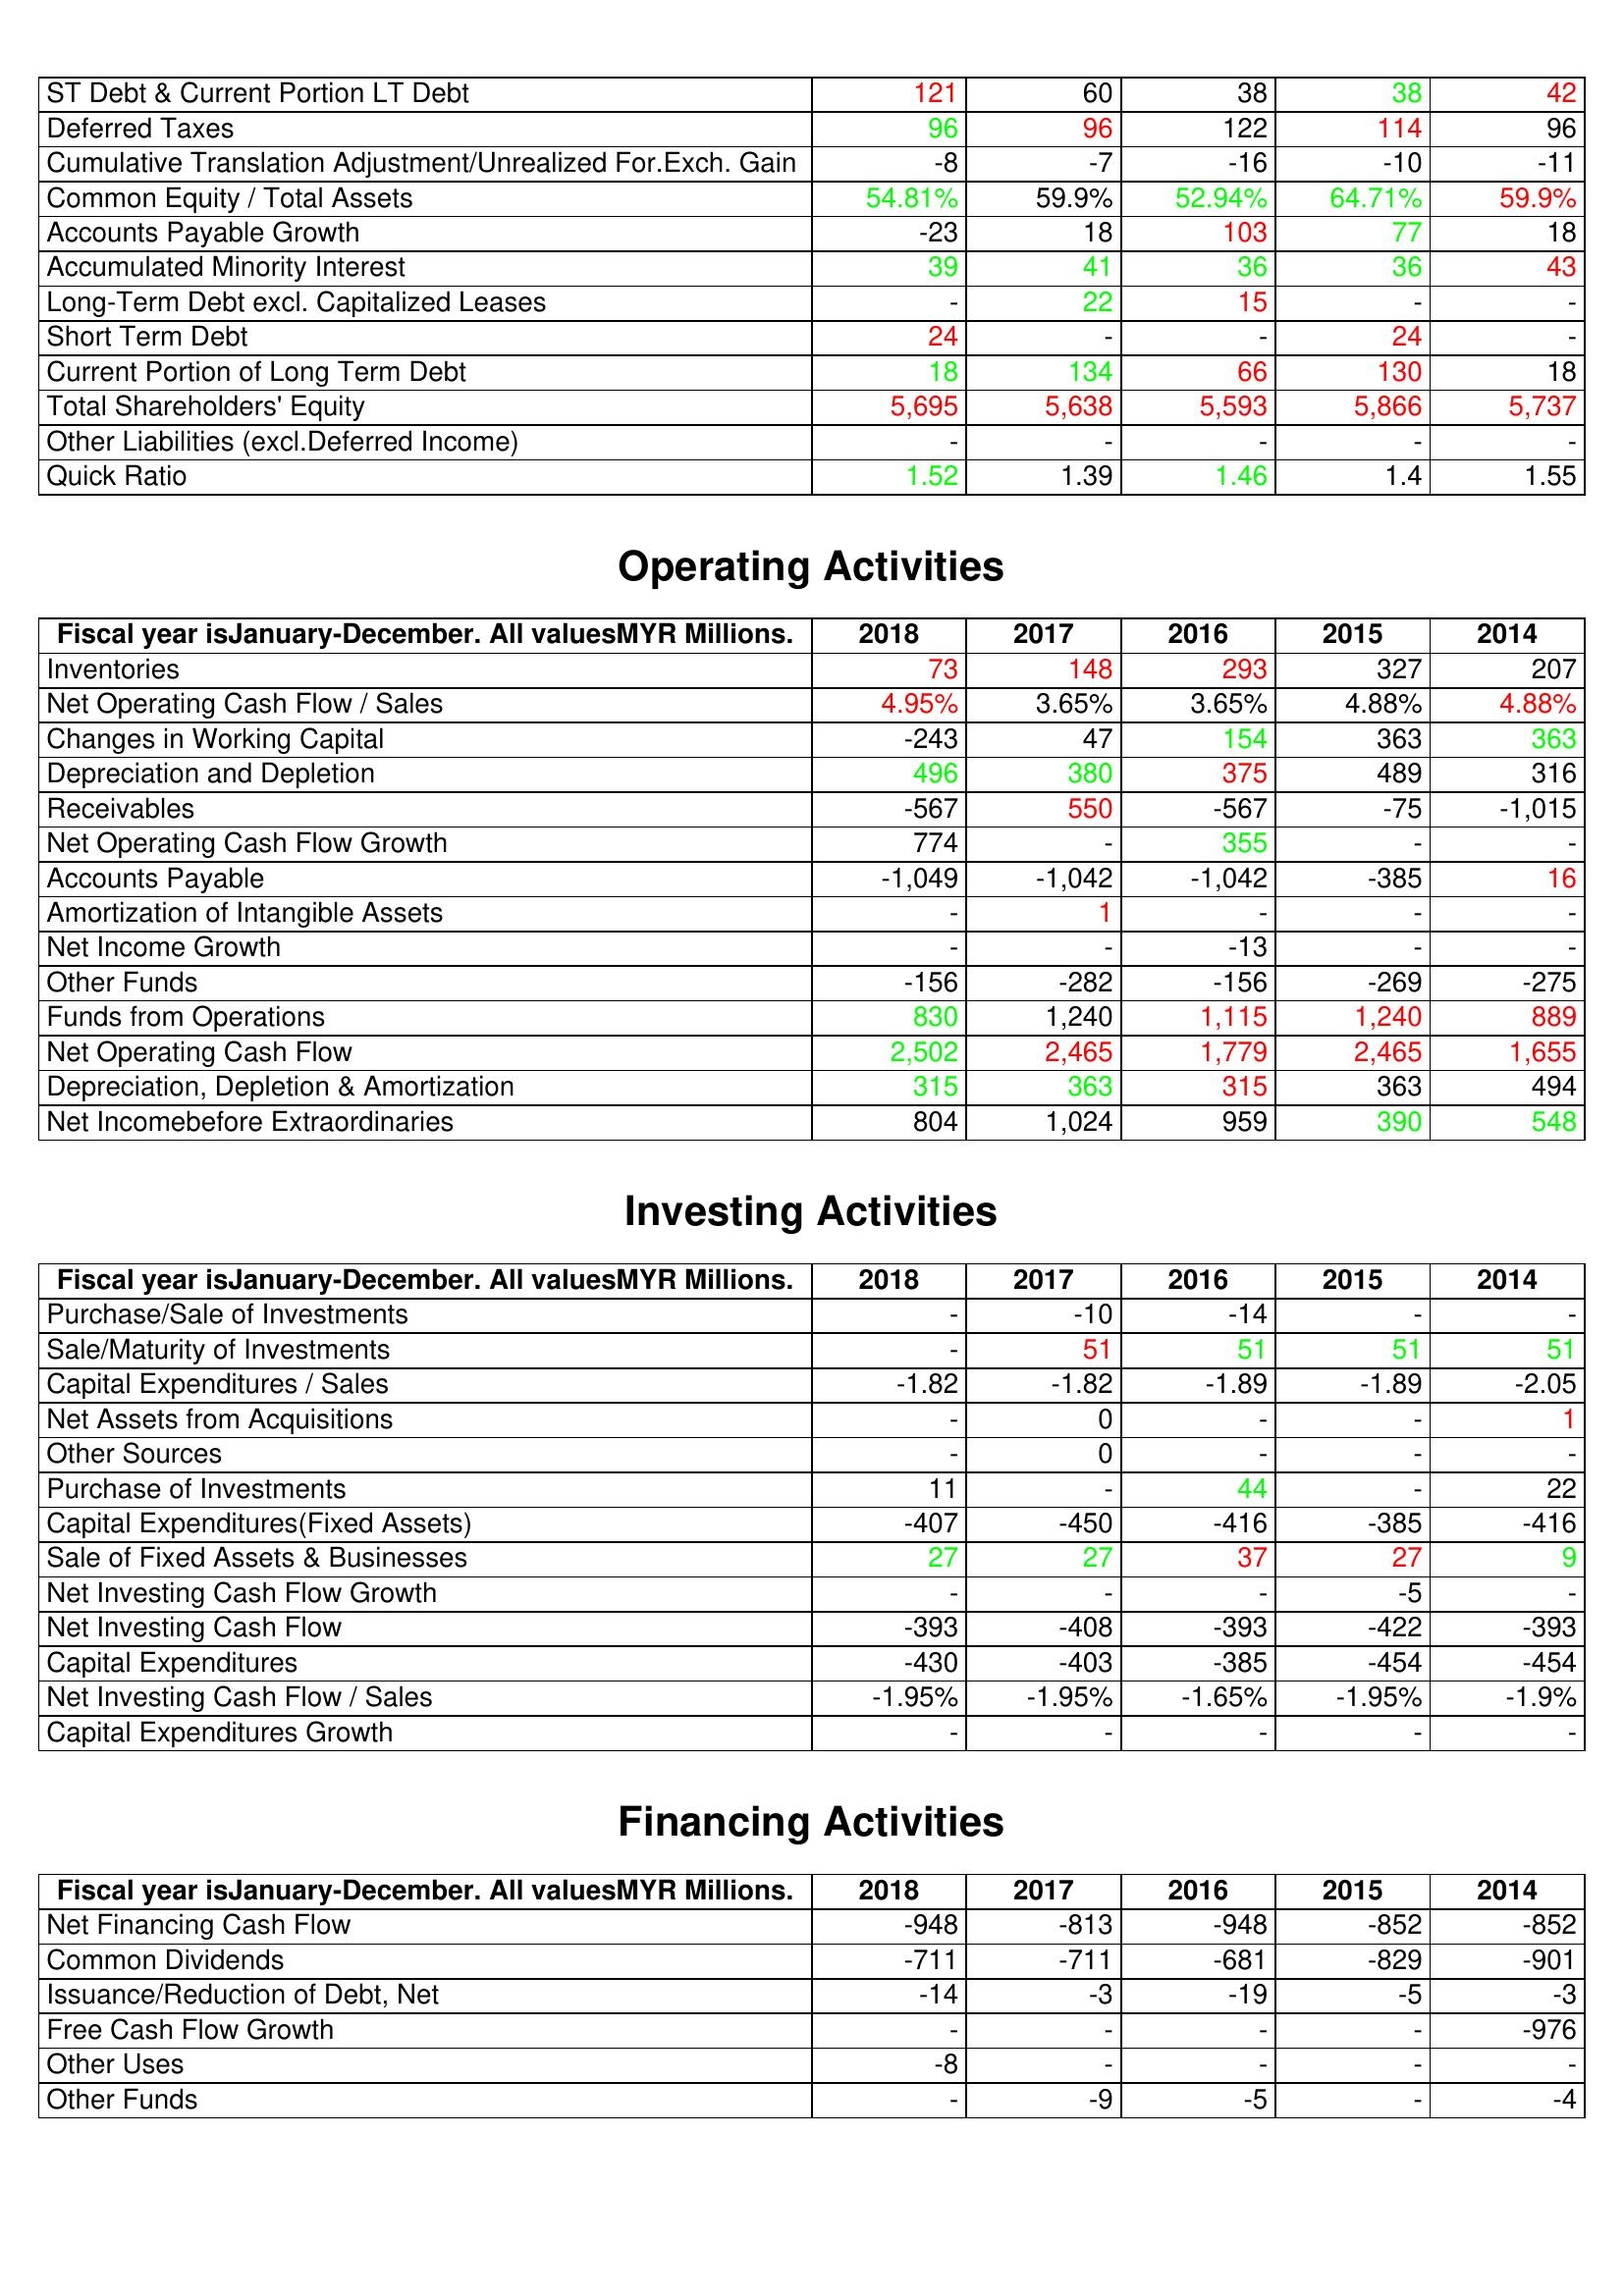
gt_parse: 2018: Liabilities & Shareholder's Equity: ST Debt & Current Portion LT Debt: 121
Deferred Taxes: 96
Cumulative Translation Adjustment/Unrealized For.Exch. Gain: -8
Common Equity / Total Assets: 54.81%
Accounts Payable Growth: -23
Accumulated Minority Interest: 39
Long-Term Debt excl. Capitalized Leases: -
Short Term Debt: 24
Current Portion of Long Term Debt: 18
Total Shareholders' Equity: 5,695
Other Liabilities (excl.Deferred Income): -
Quick Ratio: 1.52
Operating Activities: Inventories: 73
Net Operating Cash Flow / Sales: 4.95%
Changes in Working Capital: -243
Depreciation and Depletion: 496
Receivables: -567
Net Operating Cash Flow Growth: 774
Accounts Payable: -1,049
Amortization of Intangible Assets: -
Net Income Growth: -
Other Funds: -156
Funds from Operations: 830
Net Operating Cash Flow: 2,502
Depreciation, Depletion & Amortization: 315
Net Incomebefore Extraordinaries: 804
Investing Activities: Purchase/Sale of Investments: -
Sale/Maturity of Investments: -
Capital Expenditures / Sales: -1.82
Net Assets from Acquisitions: -
Other Sources: -
Purchase of Investments: 11
Capital Expenditures(Fixed Assets): -407
Sale of Fixed Assets & Businesses: 27
Net Investing Cash Flow Growth: -
Net Investing Cash Flow: -393
Capital Expenditures: -430
Net Investing Cash Flow / Sales: -1.95%
Capital Expenditures Growth: -
Financing Activities: Net Financing Cash Flow: -948
Common Dividends: -711
Issuance/Reduction of Debt, Net: -14
Free Cash Flow Growth: -
Other Uses: -8
Other Funds: -
2017: Liabilities & Shareholder's Equity: ST Debt & Current Portion LT Debt: 60
Deferred Taxes: 96
Cumulative Translation Adjustment/Unrealized For.Exch. Gain: -7
Common Equity / Total Assets: 59.9%
Accounts Payable Growth: 18
Accumulated Minority Interest: 41
Long-Term Debt excl. Capitalized Leases: 22
Short Term Debt: -
Current Portion of Long Term Debt: 134
Total Shareholders' Equity: 5,638
Other Liabilities (excl.Deferred Income): -
Quick Ratio: 1.39
Operating Activities: Inventories: 148
Net Operating Cash Flow / Sales: 3.65%
Changes in Working Capital: 47
Depreciation and Depletion: 380
Receivables: 550
Net Operating Cash Flow Growth: -
Accounts Payable: -1,042
Amortization of Intangible Assets: 1
Net Income Growth: -
Other Funds: -282
Funds from Operations: 1,240
Net Operating Cash Flow: 2,465
Depreciation, Depletion & Amortization: 363
Net Incomebefore Extraordinaries: 1,024
Investing Activities: Purchase/Sale of Investments: -10
Sale/Maturity of Investments: 51
Capital Expenditures / Sales: -1.82
Net Assets from Acquisitions: 0
Other Sources: 0
Purchase of Investments: -
Capital Expenditures(Fixed Assets): -450
Sale of Fixed Assets & Businesses: 27
Net Investing Cash Flow Growth: -
Net Investing Cash Flow: -408
Capital Expenditures: -403
Net Investing Cash Flow / Sales: -1.95%
Capital Expenditures Growth: -
Financing Activities: Net Financing Cash Flow: -813
Common Dividends: -711
Issuance/Reduction of Debt, Net: -3
Free Cash Flow Growth: -
Other Uses: -
Other Funds: -9
2016: Liabilities & Shareholder's Equity: ST Debt & Current Portion LT Debt: 38
Deferred Taxes: 122
Cumulative Translation Adjustment/Unrealized For.Exch. Gain: -16
Common Equity / Total Assets: 52.94%
Accounts Payable Growth: 103
Accumulated Minority Interest: 36
Long-Term Debt excl. Capitalized Leases: 15
Short Term Debt: -
Current Portion of Long Term Debt: 66
Total Shareholders' Equity: 5,593
Other Liabilities (excl.Deferred Income): -
Quick Ratio: 1.46
Operating Activities: Inventories: 293
Net Operating Cash Flow / Sales: 3.65%
Changes in Working Capital: 154
Depreciation and Depletion: 375
Receivables: -567
Net Operating Cash Flow Growth: 355
Accounts Payable: -1,042
Amortization of Intangible Assets: -
Net Income Growth: -13
Other Funds: -156
Funds from Operations: 1,115
Net Operating Cash Flow: 1,779
Depreciation, Depletion & Amortization: 315
Net Incomebefore Extraordinaries: 959
Investing Activities: Purchase/Sale of Investments: -14
Sale/Maturity of Investments: 51
Capital Expenditures / Sales: -1.89
Net Assets from Acquisitions: -
Other Sources: -
Purchase of Investments: 44
Capital Expenditures(Fixed Assets): -416
Sale of Fixed Assets & Businesses: 37
Net Investing Cash Flow Growth: -
Net Investing Cash Flow: -393
Capital Expenditures: -385
Net Investing Cash Flow / Sales: -1.65%
Capital Expenditures Growth: -
Financing Activities: Net Financing Cash Flow: -948
Common Dividends: -681
Issuance/Reduction of Debt, Net: -19
Free Cash Flow Growth: -
Other Uses: -
Other Funds: -5
2015: Liabilities & Shareholder's Equity: ST Debt & Current Portion LT Debt: 38
Deferred Taxes: 114
Cumulative Translation Adjustment/Unrealized For.Exch. Gain: -10
Common Equity / Total Assets: 64.71%
Accounts Payable Growth: 77
Accumulated Minority Interest: 36
Long-Term Debt excl. Capitalized Leases: -
Short Term Debt: 24
Current Portion of Long Term Debt: 130
Total Shareholders' Equity: 5,866
Other Liabilities (excl.Deferred Income): -
Quick Ratio: 1.4
Operating Activities: Inventories: 327
Net Operating Cash Flow / Sales: 4.88%
Changes in Working Capital: 363
Depreciation and Depletion: 489
Receivables: -75
Net Operating Cash Flow Growth: -
Accounts Payable: -385
Amortization of Intangible Assets: -
Net Income Growth: -
Other Funds: -269
Funds from Operations: 1,240
Net Operating Cash Flow: 2,465
Depreciation, Depletion & Amortization: 363
Net Incomebefore Extraordinaries: 390
Investing Activities: Purchase/Sale of Investments: -
Sale/Maturity of Investments: 51
Capital Expenditures / Sales: -1.89
Net Assets from Acquisitions: -
Other Sources: -
Purchase of Investments: -
Capital Expenditures(Fixed Assets): -385
Sale of Fixed Assets & Businesses: 27
Net Investing Cash Flow Growth: -5
Net Investing Cash Flow: -422
Capital Expenditures: -454
Net Investing Cash Flow / Sales: -1.95%
Capital Expenditures Growth: -
Financing Activities: Net Financing Cash Flow: -852
Common Dividends: -829
Issuance/Reduction of Debt, Net: -5
Free Cash Flow Growth: -
Other Uses: -
Other Funds: -
2014: Liabilities & Shareholder's Equity: ST Debt & Current Portion LT Debt: 42
Deferred Taxes: 96
Cumulative Translation Adjustment/Unrealized For.Exch. Gain: -11
Common Equity / Total Assets: 59.9%
Accounts Payable Growth: 18
Accumulated Minority Interest: 43
Long-Term Debt excl. Capitalized Leases: -
Short Term Debt: -
Current Portion of Long Term Debt: 18
Total Shareholders' Equity: 5,737
Other Liabilities (excl.Deferred Income): -
Quick Ratio: 1.55
Operating Activities: Inventories: 207
Net Operating Cash Flow / Sales: 4.88%
Changes in Working Capital: 363
Depreciation and Depletion: 316
Receivables: -1,015
Net Operating Cash Flow Growth: -
Accounts Payable: 16
Amortization of Intangible Assets: -
Net Income Growth: -
Other Funds: -275
Funds from Operations: 889
Net Operating Cash Flow: 1,655
Depreciation, Depletion & Amortization: 494
Net Incomebefore Extraordinaries: 548
Investing Activities: Purchase/Sale of Investments: -
Sale/Maturity of Investments: 51
Capital Expenditures / Sales: -2.05
Net Assets from Acquisitions: 1
Other Sources: -
Purchase of Investments: 22
Capital Expenditures(Fixed Assets): -416
Sale of Fixed Assets & Businesses: 9
Net Investing Cash Flow Growth: -
Net Investing Cash Flow: -393
Capital Expenditures: -454
Net Investing Cash Flow / Sales: -1.9%
Capital Expenditures Growth: -
Financing Activities: Net Financing Cash Flow: -852
Common Dividends: -901
Issuance/Reduction of Debt, Net: -3
Free Cash Flow Growth: -976
Other Uses: -
Other Funds: -4